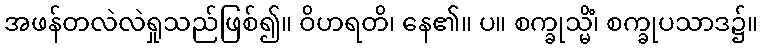
အဖန်တလဲလဲရှုသည်ဖြစ်၍။ ဝိဟရတိ၊ နေ၏။ ပ။ စက္ခုသ္မိံ၊ စက္ခုပသာဒ၌။